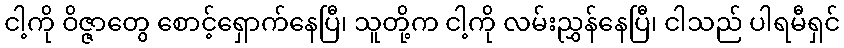
ငါ့ကို ဝိဇ္ဇာတွေ စောင့်ရှောက်နေပြီ၊ သူတို့က ငါ့ကို လမ်းညွှန်နေပြီ၊ ငါသည် ပါရမီရှင်